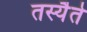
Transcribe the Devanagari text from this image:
तस्यैते